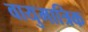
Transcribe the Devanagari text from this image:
वायुमात्रिक